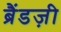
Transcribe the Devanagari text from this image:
ब्रैंडज़ी